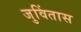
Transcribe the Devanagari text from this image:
जुविंतास